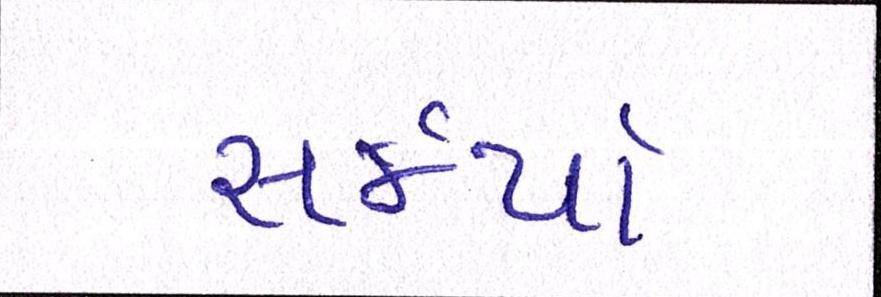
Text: સર્જયો